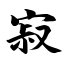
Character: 寂